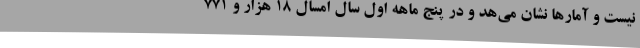
نیست و آمارها نشان می‌هد و در پنج ماهه اول سال امسال 18 هزار و 771